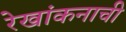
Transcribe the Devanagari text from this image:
रेखांकनाची